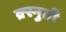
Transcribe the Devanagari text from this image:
क्र्स्नुती